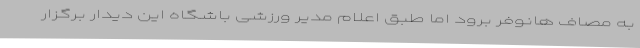
به مصاف هانوفر برود اما طبق اعلام مدیر ورزشی باشگاه این دیدار برگزار